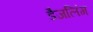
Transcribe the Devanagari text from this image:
डैजलिंग